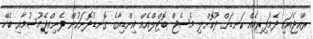
ރާއްޖެއައި ދެމަފިރިއެއް ކަނޑަށް ދޫކޮށްލި މެސެޖް ބޮޓްލްއެއް އިންޑިއާގެ ގޮނޑުދޮށަކުން ފެނިއްޖެމޫސުމާއި ބެހޭ